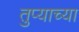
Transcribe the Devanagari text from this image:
तुप्याच्या